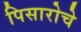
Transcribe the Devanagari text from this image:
पिसारोचे